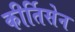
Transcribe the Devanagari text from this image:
कीर्तिसेन